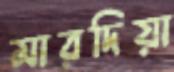
মারদিয়া